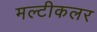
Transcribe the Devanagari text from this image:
मल्टीकलर